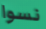
نسوا